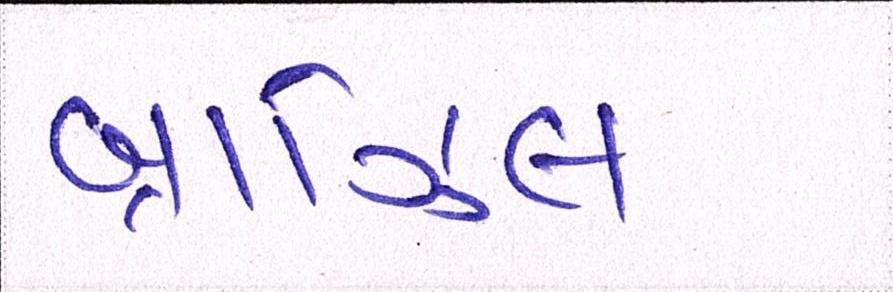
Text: બ્રાઝિલ